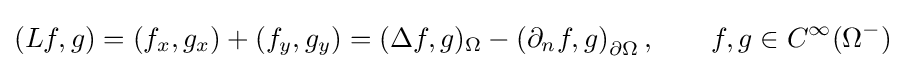
(Lf,g)=\left(f_{x},g_{x}\right)+\left(f_{y},g_{y}\right)=(\Delta f,g)_{\Omega }-\left(\partial _{n}f,g\right)_{\partial \Omega },\qquad f,g\in C^{\infty }(\Omega ^{-})